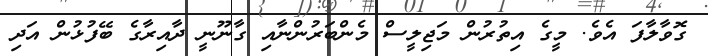
ގޮވާލާފަ އެވެ. މީގެ އިތުރުން މަޖިލީސް މެންބަރުންނާއި ގާނޫނީ ދާއިރާގެ ބޭފުޅުން އަދި